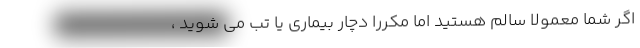
اگر شما معمولاً سالم هستید اما مکرراً دچار بیماری یا تب می شوید ،